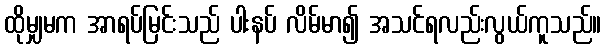
ထိုမျှမက အာရပ်မြင်းသည် ပါးနပ် လိမ်မာ၍ အသင်ရလည်းလွယ်ကူသည်။